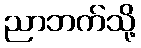
ညာဘက်သို့